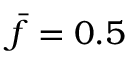
\bar { f } = 0 . 5